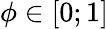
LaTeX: \phi\in[0;1]